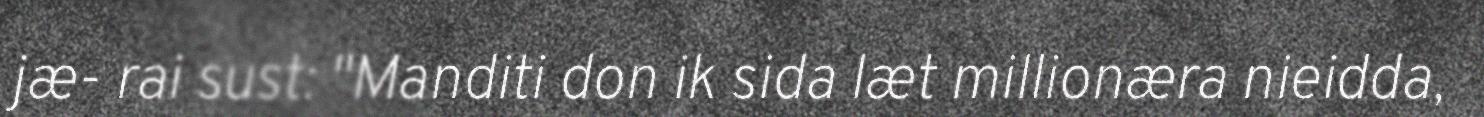
jæ- rai sust: "Manditi don ik sida læt millionæra nieidda,